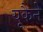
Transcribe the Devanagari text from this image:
यूकैने